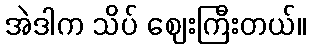
အဲဒါက သိပ် ဈေးကြီးတယ်။